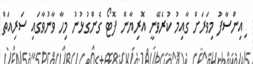
ިއިންސާފު މިވަރަށް ގާއިމު ކުރެވޭނީ އޮރިޔާން ފޮޓޯ ގެންގުޅުނު މިހާ ވާނުވާގައި ސަރިއަތް